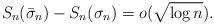
LaTeX: \begin{align*}S_n(\bar{\sigma}_n)-S_n(\sigma_n) = o(\sqrt{\log n}).\end{align*}